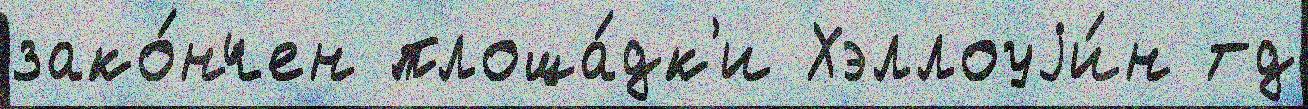
зако́нчен площа́дк'и Хэллоуjи́н тд